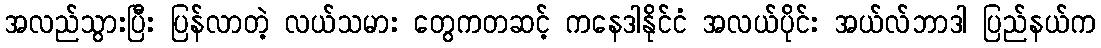
အလည်သွားပြီး ပြန်လာတဲ့ လယ်သမား တွေကတဆင့် ကနေဒါနိုင်ငံ အလယ်ပိုင်း အယ်လ်ဘာဒါ ပြည်နယ်က